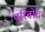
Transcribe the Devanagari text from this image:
परिबोध